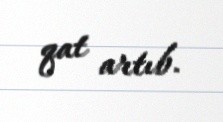
qat artıb.